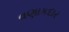
વણાકદાર